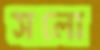
সলো